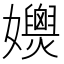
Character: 𡤚